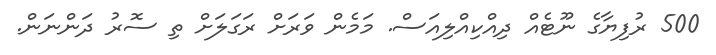
500 ރުފިޔާގެ ނޫޓެއް ދިއްކިއްލިއަސް. މަމެން ވަރަށް ރަގަލަށް ތި ސޮރު ދަންނަން.